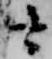
云